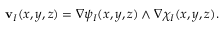
\mathbf { v } _ { I } ( x , y , z ) = \nabla \psi _ { I } ( x , y , z ) \wedge \nabla \chi _ { I } ( x , y , z ) .